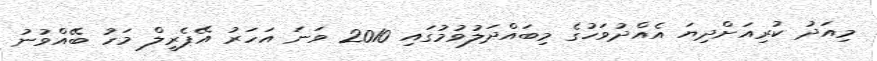
މިއަދު ކުރިއަށްދިޔަ އެއްދުވަހުގެ މިބައްދަލުވުމުގައި 2010 ވަނަ އަހަރު އޭޕެރީލް މަހު ބޭއްވުނު